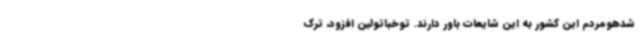
شدهومردم این کشور به این شایعات باور دارند. توخباتولین افزود، ترک